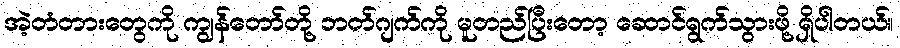
အဲ့တံတားတွေကို ကျွန်တော်တို့ ဘတ်ဂျက်ကို မူတည်ပြီးတော့ ဆောင်ရွက်သွားဖို့ ရှိပါတယ်။